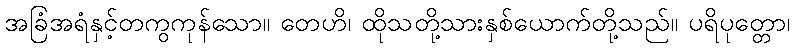
အခြံအရံနှင့်တကွကုန်သော။ တေဟိ၊ ထိုသတို့သားနှစ်ယောက်တို့သည်။ ပရိပုတ္တော၊